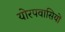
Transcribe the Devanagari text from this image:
योरपवासियों